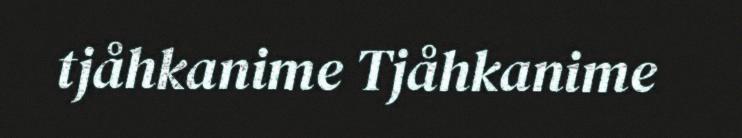
tjåhkanime Tjåhkanime